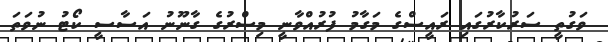
ވަގުތީ ސަރުކާރުގައި ރައީސްގެ މަގާމު ފުރުއްވާނީ މިސްރުގެ ގާނޫނު އަސާސީ ކޯޓު ނުވަތަ